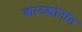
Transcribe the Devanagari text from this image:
काटकोनांत